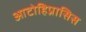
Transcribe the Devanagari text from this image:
आटोहिप्नासिस